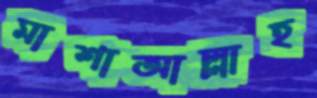
মাশাআল্লাহ